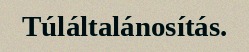
Túláltalánosítás.